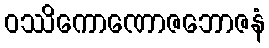
ဝဿိကောဏောဇဘောဇနံ